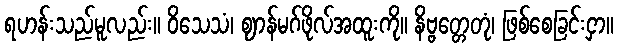
ရဟန်းသည်မူလည်း။ ဝိသေသံ၊ ဈာန်မဂ်ဖိုလ်အထူးကို။ နိဗ္ဗတ္တေတုံ၊ ဖြစ်စေခြင်းငှာ။